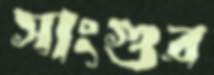
সাংগুর